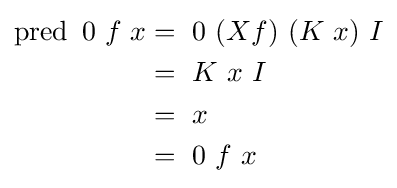
{\begin{aligned}\operatorname {pred} \ 0\ f\ x&=\ 0\ (Xf)\ (K\ x)\ I\\&=\ K\ x\ I\\&=\ x\\&=\ 0\ f\ x\end{aligned}}